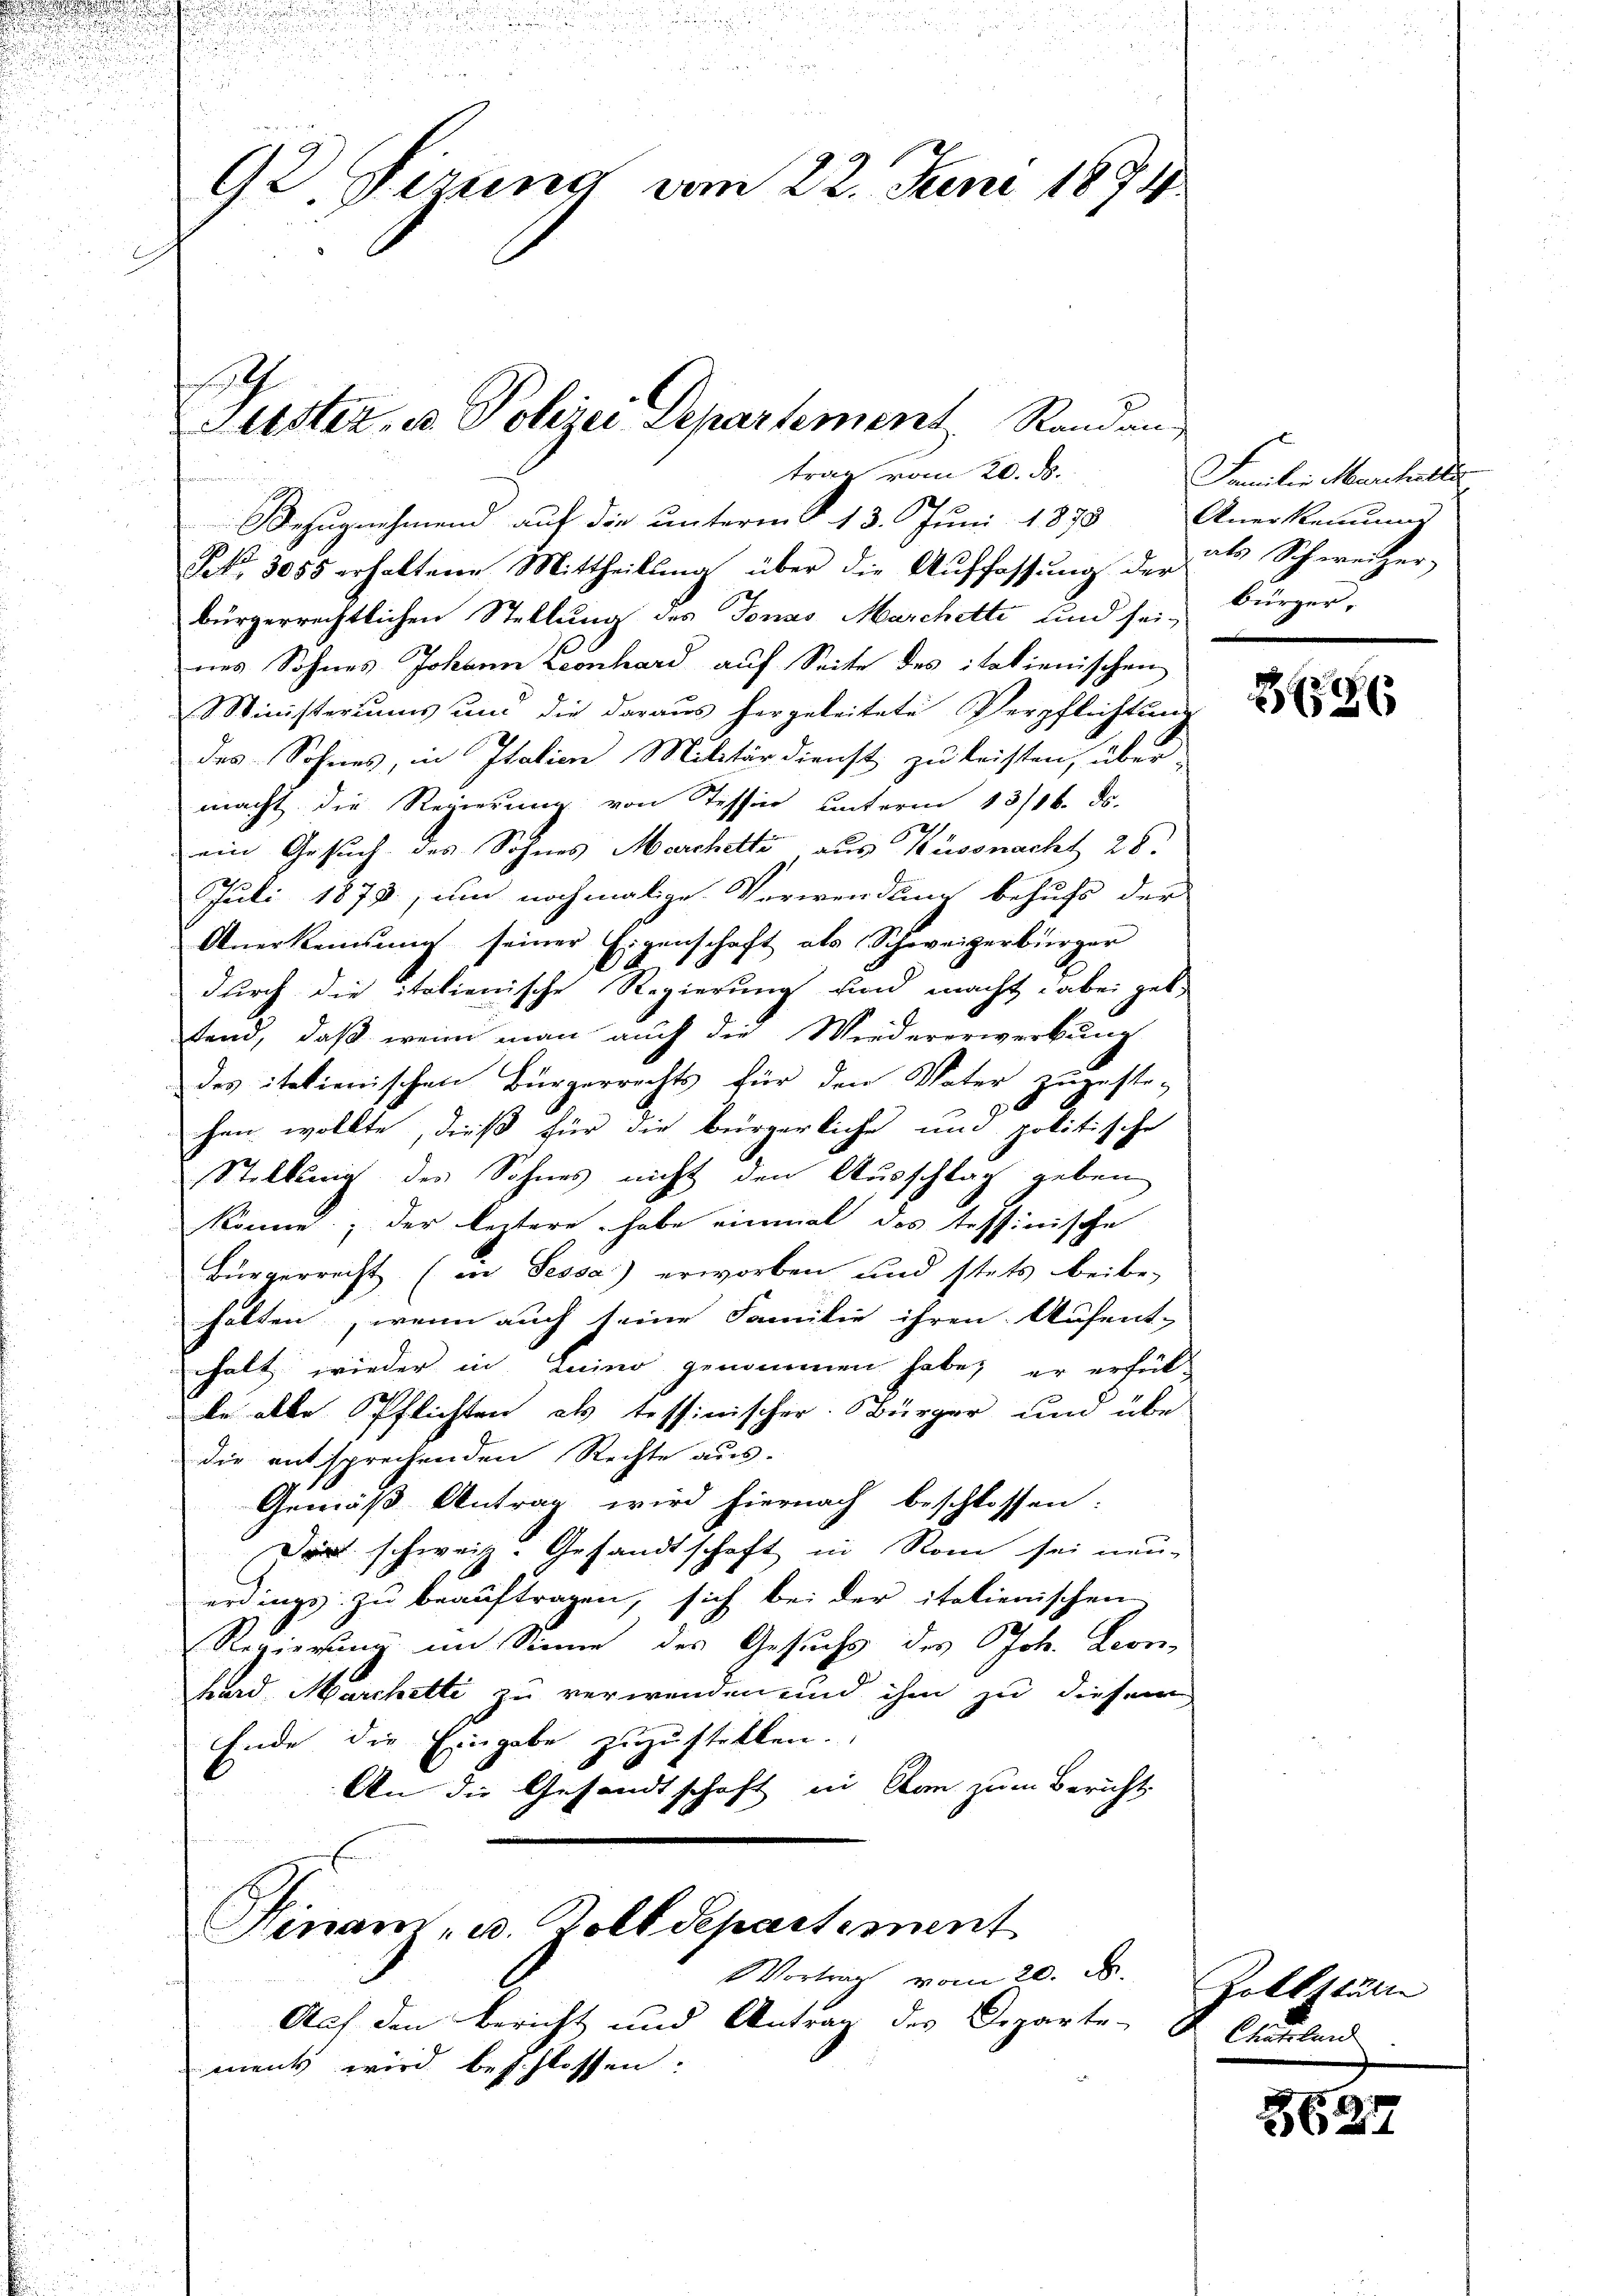
92. Sezung vom 22. Juni 1874

trag vom 20. ds.

Bezugnehmend auf die unterm 13. Juni 1878 Anerkennung
Frk. 3055 erhaltene Mittheilung über die Auffassŭng der des Schweizer
bürgerrechtlichen Stellung des Jonas Marchette und sei-
nes Sohnes Johann Leonhard auf Seite des italienischen
Ministeriums und die daraus hergeleitete Verpflichtung
des Sohnes, in Italien Militärdienst zu leisten, über
macht die Regierung von Tessin unterm 13/16. ds.
2
ein Gesuch des Sohnes Marchetti aus Küssnacht 28.
Juli 1879, um nochmalige Verwendung behufs der
Anerkennung seiner Eigenschaft als Schweizerbürger
durch die italienische Regierung und macht dabei gut.
tend, daß wenn man auch die Wiedererwerbung
des italienischen Bürgerrechts für den Vater zuzuste-
hen wollte, dieß für die bürgerliche und politische
Stellung des Sohnes nicht den Ausschlag geben
könne; der leztere, habe einmal das tessinische
Bürgerrecht (in Sessai) erworben und stets beibe-
halten, wenn auch seine Familie ihren Aufent-
halt wieder in Luino genommen habe, er erfüll
be alle Pflichten als tessinischer Bürger und übe
die entsprechenden Rechte aus-
Gemäß Antrag wird hiernach beschlossen:
Dir schweiz. Gesandtschaft in Rom sei neu-
erdings zu beauftragen, sich bei der italienischen
Regierung im Sinne des Gesuchs des Joh. Leonhard Marchetti zu verwenden und ihm zu diesem
Ende die Eingabe zuzustellen.
An die Gesandtschaft in kan zum Bericht
Finanz, u. Zolldepartement
Vortrag vom 20. d.
Auf den Bericht und Antrag des Departen Chatland
ment wird beschlossen:

Siester, u. Polizei-Departement Randan-

Familie Marchalle
bürger.

2596

Zollstätte

2627